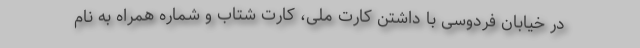
در خیابان فردوسی با داشتن کارت ملی، کارت شتاب و شماره همراه به نام